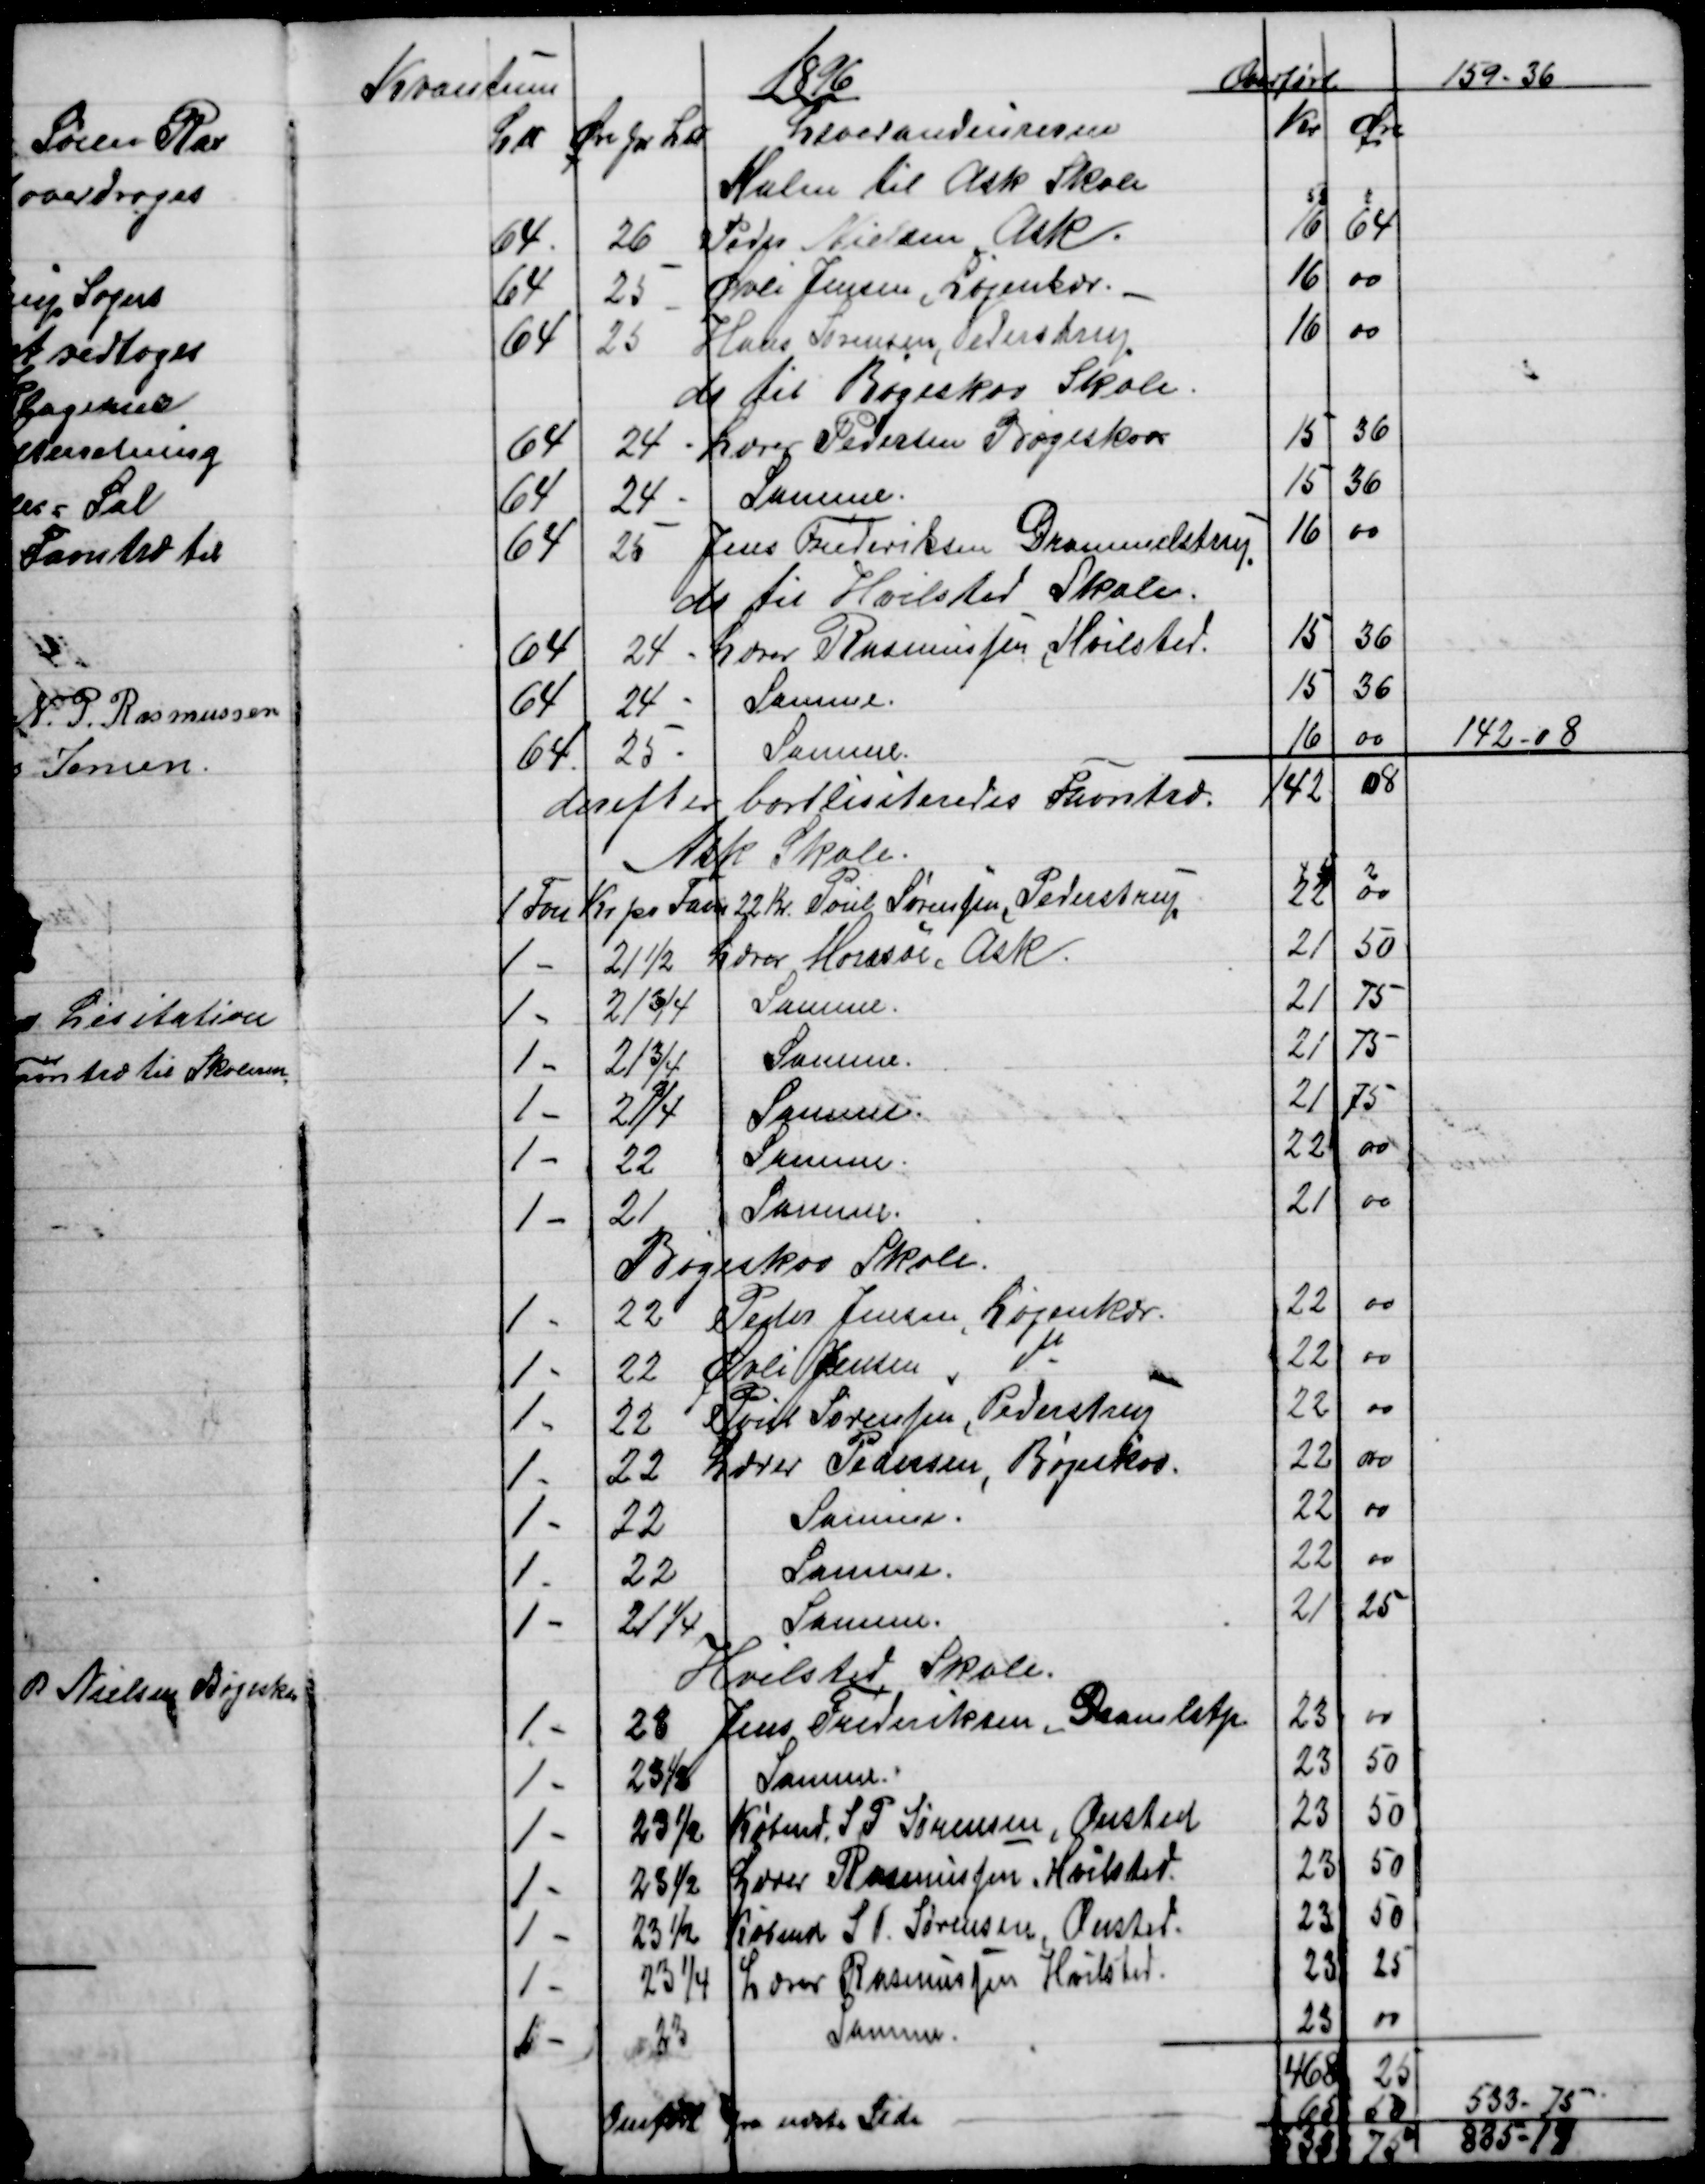
Transskription:
1896
Kvantum
Overført
159-36
L℔
Øre pr L℔
Leverandeurerne
Kr
Øre
Halm til Ask Skole
64
26
Peder Nielsen Ask.
16
64
64
25
Øvli Jensen, Løjenkær.
16
00
64
25
Hans Sørensen, Pederstrup
16
00
do til Bøgeskov Skole.
64
24 
Lærer Pedersen Bøgeskov
15
36
64
24 
Samme.
15
36
64
25
Jens Frederiksen Drammelstrup
16
00
do til Hvilsted Skole.
64
24 
Lærer Rasmussen, Hvilsted.
15
36
64
24 
Samme.
15
36
64
25 
Samme.
16
00
142-08
derefter bortlisiteredes Favntræ.
142
08
Ask Skole.
1 Fvn 
Kr pr Favn
22 Kr. Poul Sørensen, Pederstrup
22
00
1 -
21½
Lærer Morssøe, Ask.
21
50
1 -
21¾
Samme.
21
75
1 -
21¾
Samme.
21
75
1 -
21¾
Samme.
21
75
1 -
22
Samme
22
00
1 -
21
Samme.
21
00
Bøgeskov Skole.
1 -
22
Peder Jensen, Løjenkær
22
00
1 -
22
Øvli Jensen do
22
00
1 -
22
Poul Sørensen, Pederstrup
22
00
1 -
22
Lærer Pedersen Bøgeskov.
22
00
1 -
22
Samme.
22
00
1 -
22
Samme.
22
00
1 -
21¼
Samme.
21
25
Hvilsted Skole.
1 -
23
Jens Frederiksen, Dramlstp
23
00
1 -
23½
Samme.
23
50
1 -
23½
Købmd. S. P Sørensen, Onsted
23
50
1 -
23½
Lærer Rasmussen Hvilsted
23
50
1 -
23½
Købmd S P. Sørensen Onsted
23
50
1 -
23¼
Lærer Rasmussen Hvilsted.
23
25
1 -
23
Samme.
23
00
468
25
Omført fra næste Side
65
50
533 - 75
533
75
835-19